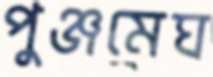
পুঞ্জমেঘ